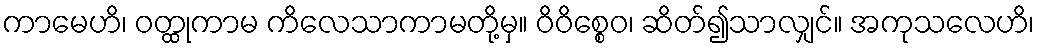
ကာမေဟိ၊ ဝတ္ထုကာမ ကိလေသာကာမတို့မှ။ ဝိဝိစ္စေဝ၊ ဆိတ်၍သာလျှင်။ အကုသလေဟိ၊